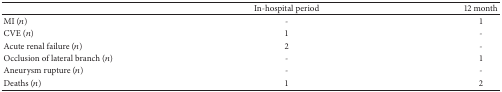
|  | In-hospital period | 12 month |
 | --- | --- | --- |
 | MI (n) | - | 1 |
 | CVE (n) | 1 | - |
 | Acute renal failure (n) | 2 | - |
 | Occlusion of lateral branch (n) | - | 1 |
 | Aneurysm rupture (n) | - | - |
 | Deaths (n) | 1 | 2 |